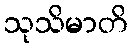
သုသိမာတိ